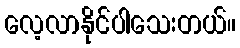
လေ့လာနိုင်ပါသေးတယ်။